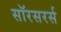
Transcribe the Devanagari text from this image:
सॉरसरर्स